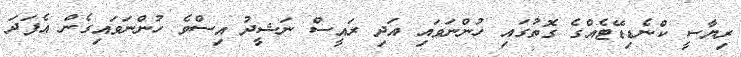
ރިޔާސީ ކްނެޑިޑޭޓެއްގެ ގޮތުގައި ހުންނަވައި އަދި ރައީސް ނަޝީދު އިސްވެ ހުންނަވައިގެން އެފަދަ